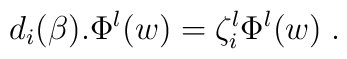
d_i(\beta).\Phi^{\l}(w) = \zeta^{\l}_i\Phi^{\l}(w) \; .